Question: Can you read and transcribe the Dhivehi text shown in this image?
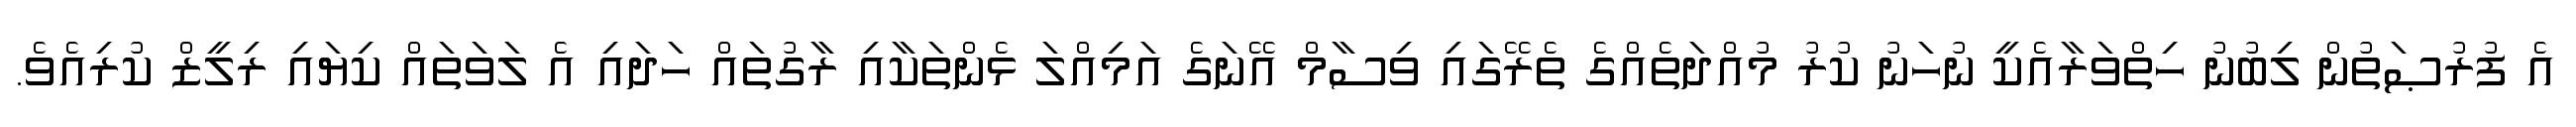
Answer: އެ ފުރުޞަތުން ލިބުނު ހިތްވަރާއެކީ ނުހަނު ކުރު މުއްދަތެއްގެ ތެރޭގައި ވިސާމް އޭނަގެ އަމިއްލަ ޅެންތަކާއި ރާގުތައް ހަދައި އެ ލަވަތައް ކިޔައި ރިލީޒް ކުރިއެވެ.